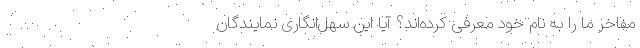
مفاخر ما را به نام خود معرفی کرده‌اند؟ آیا این سهل‌انگاری نمایندگان